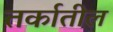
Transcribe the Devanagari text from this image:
तर्कातील